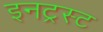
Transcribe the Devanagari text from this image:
इनट्रस्ट